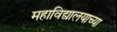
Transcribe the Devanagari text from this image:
महाविद्यालयाच्‍या